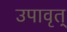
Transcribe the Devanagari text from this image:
उपावृत्